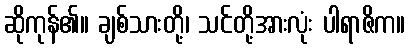
ဆိုကုန်၏။ ချစ်သားတို့၊ သင်တို့အားလုံး ပါရာဇိက။